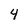
Character: 4